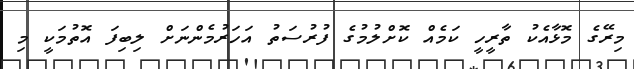
މިރޭގެ މޮޅާއެކު ތާރީހީ ކަމެއް ކޮށްލުމުގެ ފުރުސަތު އަހަރުމެންނަށް ލިބިފަ އޮތުމަކީ މި